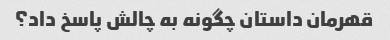
قهرمان داستان چگونه به چالش پاسخ داد؟